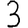
Digit: 3